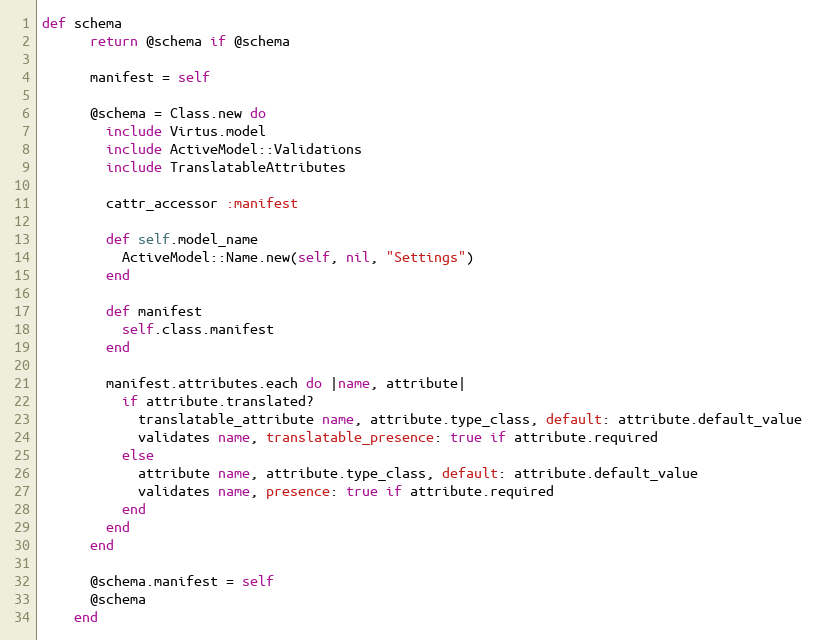
Language: Ruby
def schema
      return @schema if @schema

      manifest = self

      @schema = Class.new do
        include Virtus.model
        include ActiveModel::Validations
        include TranslatableAttributes

        cattr_accessor :manifest

        def self.model_name
          ActiveModel::Name.new(self, nil, "Settings")
        end

        def manifest
          self.class.manifest
        end

        manifest.attributes.each do |name, attribute|
          if attribute.translated?
            translatable_attribute name, attribute.type_class, default: attribute.default_value
            validates name, translatable_presence: true if attribute.required
          else
            attribute name, attribute.type_class, default: attribute.default_value
            validates name, presence: true if attribute.required
          end
        end
      end

      @schema.manifest = self
      @schema
    end